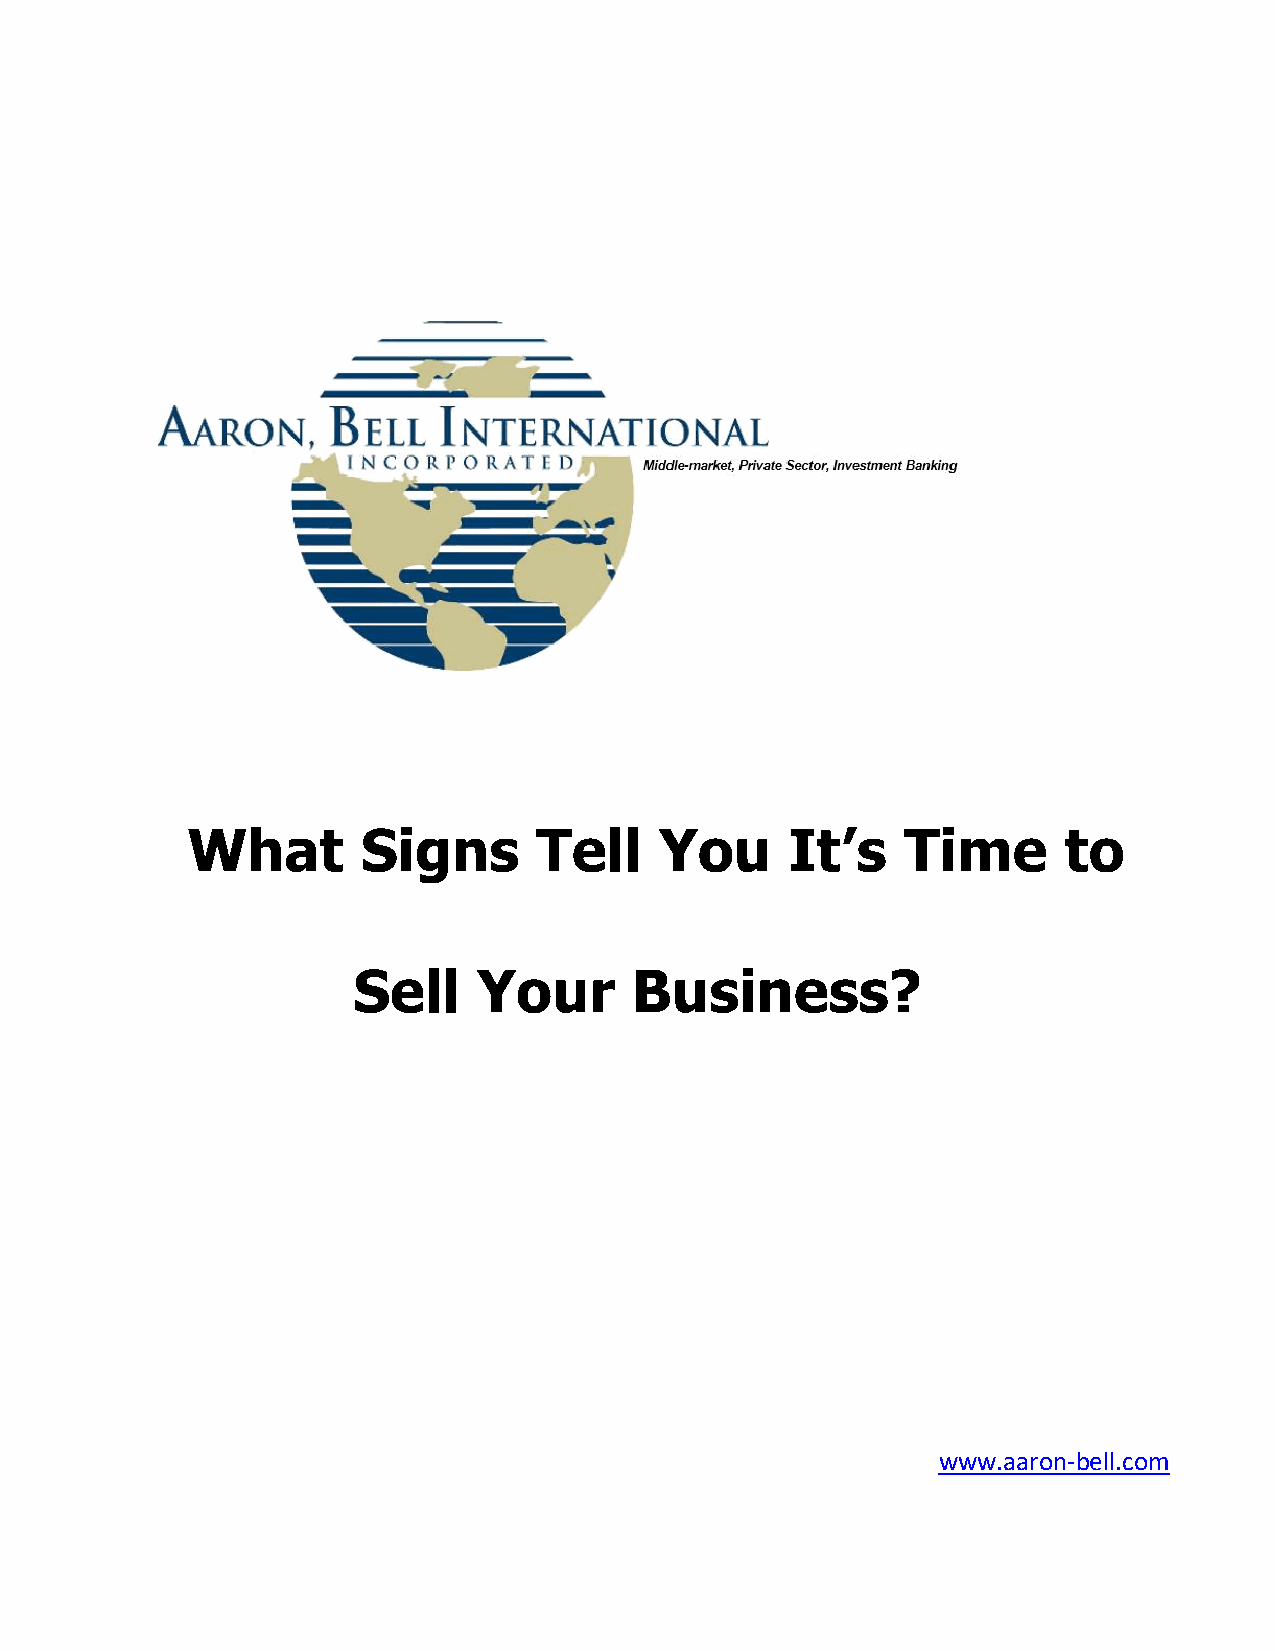
What        Signs       Tell    You     It’s    Time      to
 Sell     Your      Business?
 www.aaron-bell.com